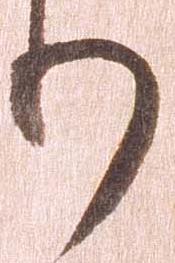
り